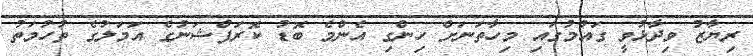
ރިޔާޒު ވިދާޅުވީ ގައުމުގައި މިހާތަނަށް ހިންގި އެންމެ ބޮޑު ކޮރަޕްޝަނުގެ އަމަލުގެ ތުހުމަތު